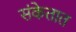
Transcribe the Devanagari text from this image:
संकेतात